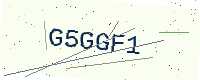
Text: G5GGF1